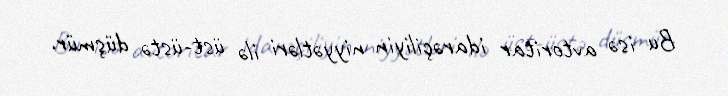
Bu isə avtoritar idarəçiliyin niyyətləri ilə üst-üstə düşmür.